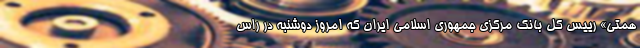
همتی» رییس کل بانک مرکزی جمهوری اسلامی ایران که امروز دوشنبه در راس